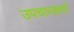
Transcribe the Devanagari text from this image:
उपचारकर्ता